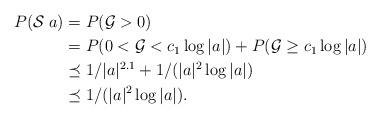
LaTeX: \begin{align*}P(\mathcal{S}\;a)&=P(\mathcal{G}>0)\\&=P(0<\mathcal{G}<c_1\log |a|)+P(\mathcal{G}\geq c_1 \log|a|)\\&\preceq 1/|a|^{2.1}+1/(|a|^2\log |a|)\\&\preceq 1/(|a|^2\log |a|).\end{align*}